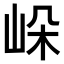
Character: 𡷔